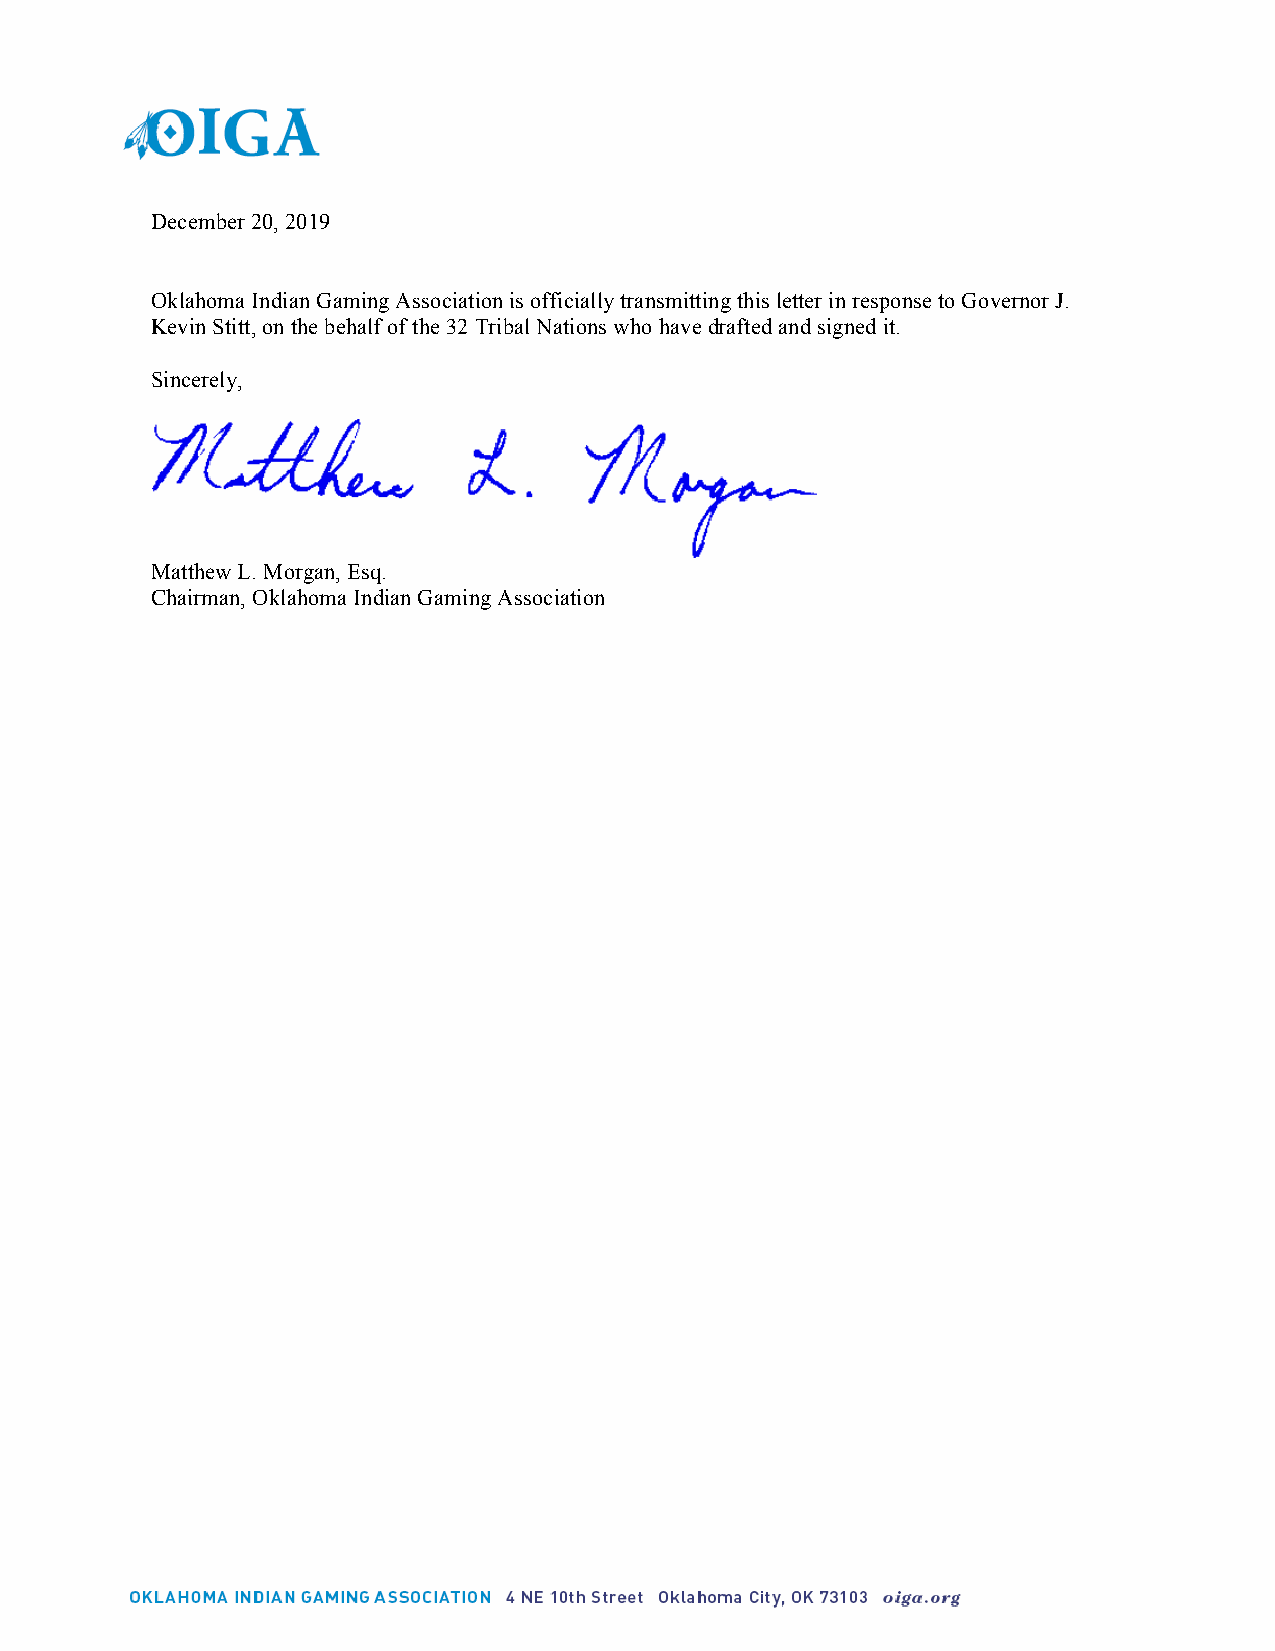
December 20, 2019
 Oklahoma Indian Gaming Association is officially transmitting this letter in response to Governor J.
 Kevin Stitt, on the behalf of the 32 Tribal Nations who have drafted and signed it.
 Sincerely,
 Matthew L. Morgan, Esq.
 Chairman, Oklahoma Indian Gaming Association